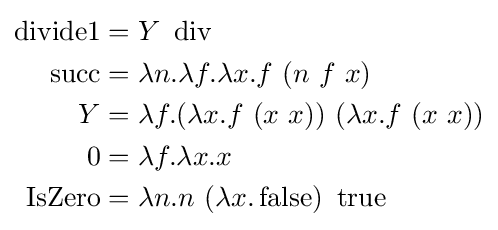
{\begin{aligned}\operatorname {divide1} &=Y\ \operatorname {div} \\\operatorname {succ} &=\lambda n.\lambda f.\lambda x.f\ (n\ f\ x)\\Y&=\lambda f.(\lambda x.f\ (x\ x))\ (\lambda x.f\ (x\ x))\\0&=\lambda f.\lambda x.x\\\operatorname {IsZero} &=\lambda n.n\ (\lambda x.\operatorname {false} )\ \operatorname {true} \end{aligned}}